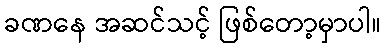
ခဏနေ အဆင်သင့် ဖြစ်တော့မှာပါ။